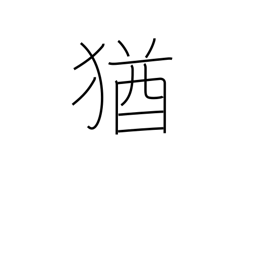
Meaning: still